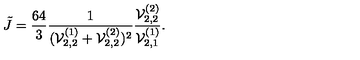
\tilde { J } = \frac { 6 4 } { 3 } \frac { 1 } { ( { \cal V } _ { 2 , 2 } ^ { ( 1 ) } + { \cal V } _ { 2 , 2 } ^ { ( 2 ) } ) ^ { 2 } } \frac { { \cal V } _ { 2 , 2 } ^ { ( 2 ) } } { { \cal V } _ { 2 , 1 } ^ { ( 1 ) } } .